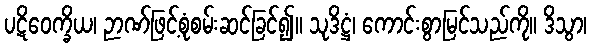
ပဋိဝေက္ခိယ၊ ဉာဏ်ဖြင့်စုံစမ်းဆင်ခြင်၍။ သုဒိဋ္ဌံ၊ ကောင်းစွာမြင်သည်ကို။ ဒိသွာ၊